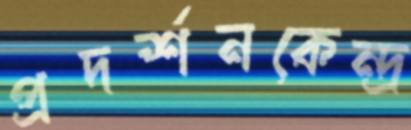
প্রদর্শনকেন্দ্র